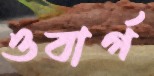
ওবার্গ